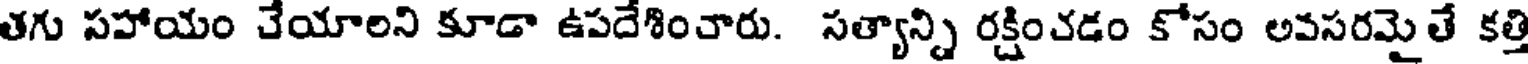
తగు సహాయం చేయాలని కూడా ఉపదేశించారు. సత్యాన్ని రక్షించడం కోసం అవసరమైతే కత్తి